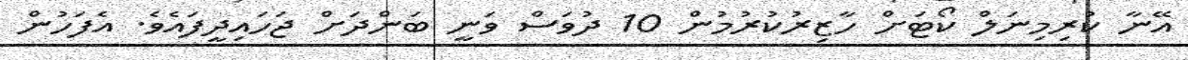
އޭނާ ކުރިމިނަލް ކޯޓަށް ހާޒިރުކުރުމުން 10 ދުވަސް ވަނީ ބަންދަށް ޖަހައިދީފައެވެ. އެފަހުން